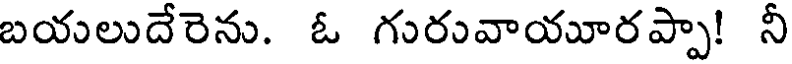
బయలుదేరెను. ఓ గురువాయూరప్పా! నీ